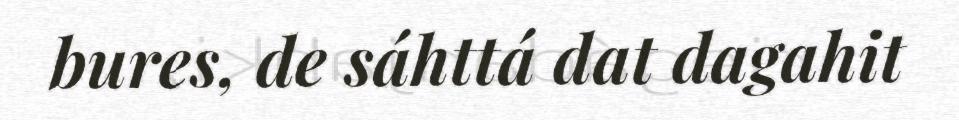
bures, de sáhttá dat dagahit